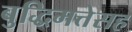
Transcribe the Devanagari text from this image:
बुद्धिमत्तेसह